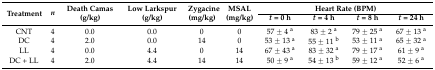
| <ROWSPAN=2> Treatment | <ROWSPAN=2> n | <ROWSPAN=2> Death Camas (g/kg) | <ROWSPAN=2> Low Larkspur (g/kg) | <ROWSPAN=2> Zygacine (mg/kg) | <ROWSPAN=2> MSAL (mg/kg) | <COLSPAN=4> Heart Rate (BPM) |
 | t = 0 h | t = 4 h | t = 8 h | t = 24 h |
 | --- | --- | --- | --- | --- | --- | --- | --- | --- | --- |
 | CNT | 4 | 0.0 | 0.0 | 0 | 0 | 57 ± 4 a | 83 ± 2 a | 79 ± 25 a | 67 ± 13 a |
 | DC | 4 | 2.0 | 0.0 | 14 | 0 | 53 ± 13 a | 55 ± 11 b | 53 ± 11 a | 65 ± 32 a |
 | LL | 4 | 0.0 | 4.4 | 0 | 14 | 67 ± 43 a | 83 ± 32 a | 79 ± 17 a | 61 ± 9 a |
 | DC + LL | 4 | 2.0 | 4.4 | 14 | 14 | 50 ± 9 a | 54 ± 13 b | 59 ± 12 a | 52 ± 6 a |